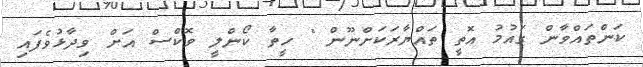
ކަންތައްވާން ގައުމު އޮތީ ތައްޔާރަކަށްނޫން " ހީތާ ކޯންލީ ވޮކްސް އަށް ވިދާޅުވެފައި